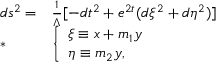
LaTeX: \begin{array} { l l } { { d s ^ { 2 } = } } & { { \frac { 1 } { \Lambda } [ - d t ^ { 2 } + e ^ { 2 t } ( d \xi ^ { 2 } + d \eta ^ { 2 } ) ] \nonumber } } \\ { { * } } & { { \left\{ \begin{array} { l } { { \xi \equiv x + m _ { 1 } y } } \\ { { \eta \equiv m _ { 2 } y , } } \end{array} \right. } } \end{array}